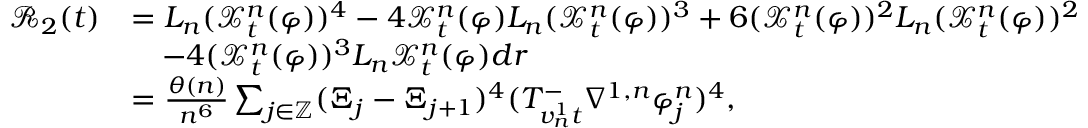
\begin{array} { r l } { \mathcal { R } _ { 2 } ( t ) } & { = L _ { n } ( \mathcal { X } _ { t } ^ { n } ( \varphi ) ) ^ { 4 } - 4 \mathcal { X } _ { t } ^ { n } ( \varphi ) L _ { n } ( \mathcal { X } _ { t } ^ { n } ( \varphi ) ) ^ { 3 } + 6 ( \mathcal { X } _ { t } ^ { n } ( \varphi ) ) ^ { 2 } L _ { n } ( \mathcal { X } _ { t } ^ { n } ( \varphi ) ) ^ { 2 } } \\ & { \quad - 4 ( \mathcal { X } _ { t } ^ { n } ( \varphi ) ) ^ { 3 } L _ { n } \mathcal { X } _ { t } ^ { n } ( \varphi ) d r } \\ & { = \frac { \theta ( n ) } { n ^ { 6 } } \sum _ { j \in \mathbb { Z } } ( \Xi _ { j } - \Xi _ { j + 1 } ) ^ { 4 } ( T _ { v _ { n } ^ { 1 } t } ^ { - } \nabla ^ { 1 , n } \varphi _ { j } ^ { n } ) ^ { 4 } , } \end{array}